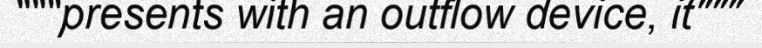
"""presents with an outflow device, it"""